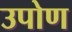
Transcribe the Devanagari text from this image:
उपोण